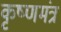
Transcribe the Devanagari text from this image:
कृष्णमंत्र